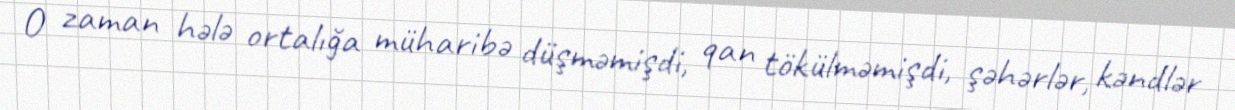
O zaman hələ ortalığa müharibə düşməmişdi, qan tökülməmişdi, şəhərlər, kəndlər